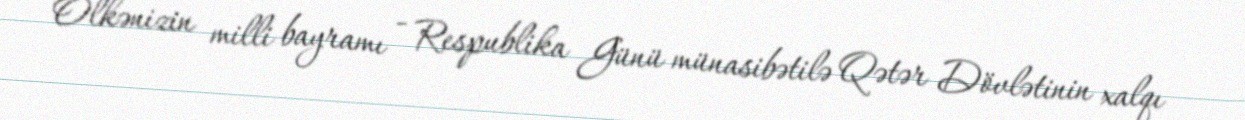
Ölkənizin milli bayramı - Respublika Günü münasibətilə Qətər Dövlətinin xalqı